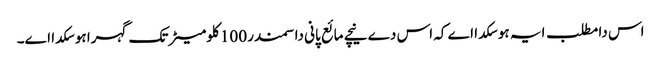
اس دا مطلب ایہ ہو سکدا اے کہ اس دے نیچے مائع پانی دا سمندر 100 کلومیٹر تک گہرا ہو سکدا ا‏‏ے۔